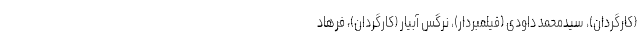
(کارگردان)، سیدمحمد داودی (فیلمبردار)، نرگس آبیار (کارگردان)، فرهاد